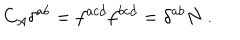
C _ { A } \delta ^ { a b } = f ^ { a c d } f ^ { b c d } = \delta ^ { a b } N \ .